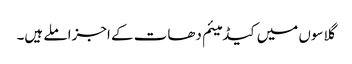
گلاسوں میں کیڈمیئم دھات کے اجزا ملے ہیں۔